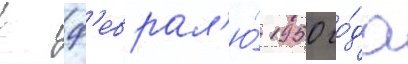
К ф'еврал'ю́ 1950 го́да